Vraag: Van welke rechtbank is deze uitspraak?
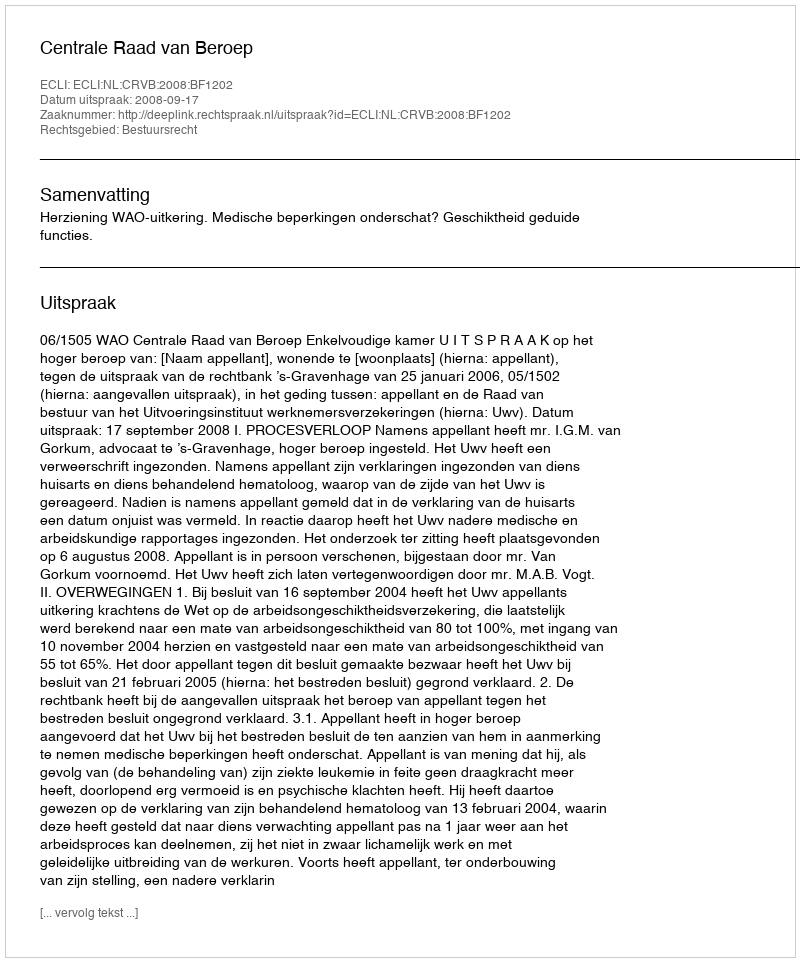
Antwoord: Centrale Raad van Beroep